Scottish Leaving Certificate Examination, 1957
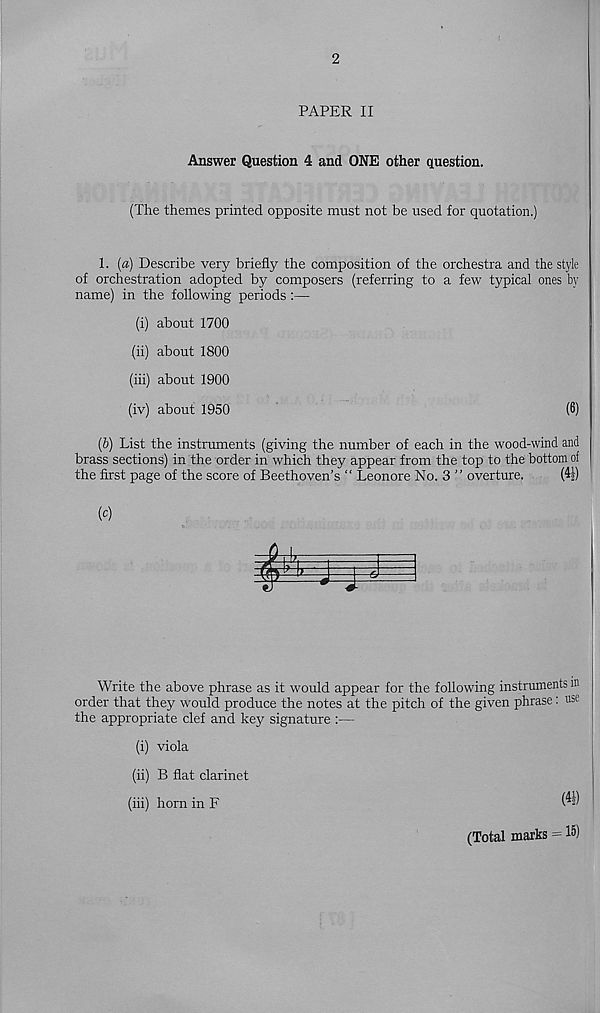
2
PAPER II
Answer Question 4 and ONE other question.
(The themes printed opposite must not be used for quotation.)
1. (a) Describe very briefly the composition of the orchestra and the style
of orchestration adopted by composers (referring to a few typical ones by
name) in the following periods :—
(i) about 1700
(ii) about 1800
(iii) about 1900
(iv) about 1950
(6)
(b) List the instruments (giving the number of each in the wood-wind and
brass sections) in the order in which they appear from the top to the bottom of
the first page of the score of Beethoven’s “ Leonore No. 3 ” overture.
(4|)
(c)
Write the above phrase as it would appear for the following instruments m
order that they would produce the notes at the pitch of the given phrase: use
the appropriate clef and key signature :—
(i) viola
(ii) B flat clarinet
(iii) horn in F
(4i)
(Total marks = I 5 )